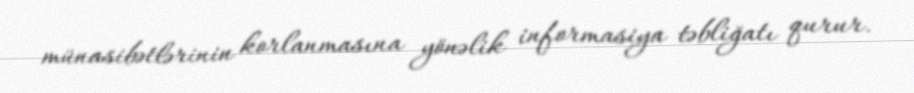
münasibətlərinin korlanmasına yönəlik informasiya təbliğatı qurur.